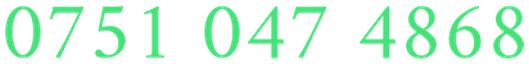
0751 047 4868